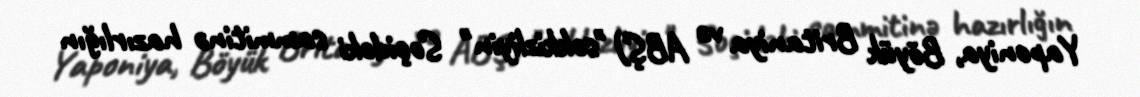
Yaponiya, Böyük Britaniya və ABŞ) "səkkizliyin" Soçidəki sammitinə hazırlığın